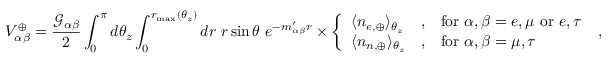
V _ { \alpha \beta } ^ { \oplus } = \frac { \mathcal { G } _ { \alpha \beta } } { 2 } \int _ { 0 } ^ { \pi } d \theta _ { z } \int _ { 0 } ^ { r _ { \operatorname* { m a x } } ( \theta _ { z } ) } d r ~ r \sin \theta ~ e ^ { - m _ { \alpha \beta } ^ { \prime } r } \times \left\{ \begin{array} { l l l } { \langle n _ { e , \oplus } \rangle _ { \theta _ { z } } } & { , } & { \mathrm { f o r } ~ \alpha , \beta = e , \mu ~ \mathrm { o r } ~ e , \tau } \\ { \langle n _ { n , \oplus } \rangle _ { \theta _ { z } } } & { , } & { \mathrm { f o r } ~ \alpha , \beta = \mu , \tau } \end{array} \right. \; ,